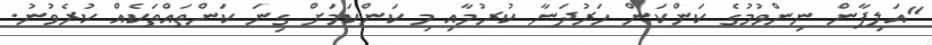
"އަލިފާން ނިންވުމުގެ ކަންކަން ހަރުދަނާ ކުރުމާއި މި ކަންކަމަށް ގިނަ ކަންތައްތަކެއް ކުރެވުނު.